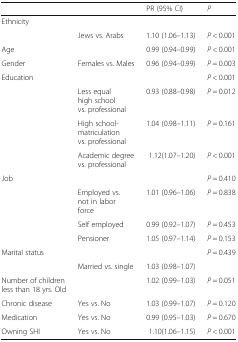
|  |  | PR (95% CI) | P |
 | --- | --- | --- | --- |
 | <COLSPAN=4> Ethnicity |
 |  | Jews vs. Arabs | 1.10 (1.06–1.13) | P < 0.001 |
 | Age |  | 0.99 (0.94–0.99) | P < 0.001 |
 | Gender | Females vs. Males | 0.96 (0.94–0.99) | P = 0.003 |
 | Education |  |  | P < 0.001 |
 |  | Less equal high school vs. professional | 0.93 (0.88–0.98) | P = 0.012 |
 |  | High school- matriculation vs. professional | 1.04 (0.98–1.11) | P = 0.161 |
 |  | Academic degree vs. professional | 1.12(1.07–1.20) | P < 0.001 |
 | Job |  |  | P = 0.410 |
 |  | Employed vs. not in labor force | 1.01 (0.96–1.06) | P = 0.838 |
 |  | Self employed | 0.99 (0.92–1.07) | P = 0.453 |
 |  | Pensioner | 1.05 (0.97–1.14) | P = 0.153 |
 | Marital status |  |  | P = 0.439 |
 |  | Married vs. single | 1.03 (0.98–1.07) |  |
 | Number of children less than 18 yrs. Old |  | 1.02 (0.99–1.03) | P = 0.051 |
 | Chronic disease | Yes vs. No | 1.03 (0.99–1.07) | P = 0.120 |
 | Medication | Yes vs. No | 0.99 (0.95–1.03) | P = 0.670 |
 | Owning SHI | Yes vs. No | 1.10(1.06–1.15) | P < 0.001 |